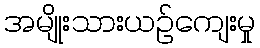
အမျိုးသားယဉ်ကျေးမှု